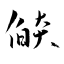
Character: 燄